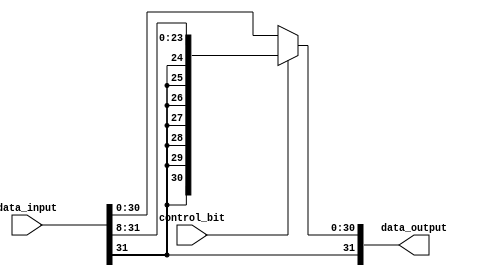
module my_8bit_rightshifter(data_input, control_bit, data_output);

	input [31:0] data_input;
	input control_bit;
	
	wire [31:0] shifted;
	
	output [31:0] data_output;
	
	
	genvar k;
	generate
	for(k = 0; k < 24; k = k+1) begin: my8RightShiftLoop
		assign shifted[k] = data_input[k+8];
    end
	endgenerate
    
    genvar j;
	generate
	for(j = 24; j < 32; j = j+1) begin: my8RightShiftLoop2
		assign shifted[j] = data_input[31];
    end
	endgenerate
	
	assign data_output = control_bit ? shifted : data_input;
	
	
	
endmodule